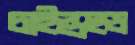
চাইল্ডহুড